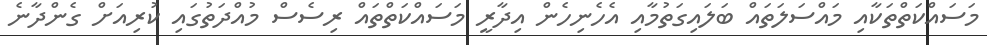
މަސައްކަތްތަކާއި މައްސަލަތައް ބަލައިގަތުމާއި އެހެނިހެން އިދާރީ މަސައްކަތްތައް ރިސެސް މުއްދަތުގައި ކުރިއަށް ގެންދާނެ